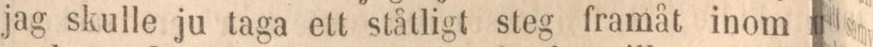
jag skulle ju taga ett ståligt steg framåt inom